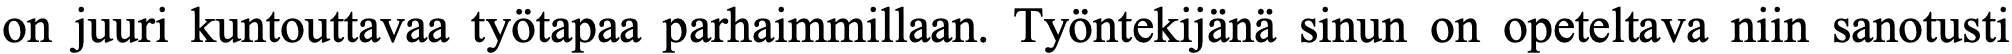
on juuri kuntouttavaa työtapaa parhaimmillaan. Työntekijänä sinun on opeteltava niin sanotusti